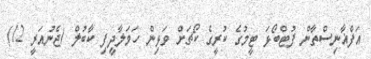
އަފްޣާނިސްތާން ފުޓްބޯޅަ ޓީމުގެ ކުރީގެ ކޯޗަށް ވަޅިން ހަމަލާދީފި ކާބުލް (ޖެނުއަރީ 12)